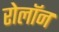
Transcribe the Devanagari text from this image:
रोलॉन